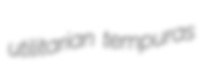
utilitarian tempuras